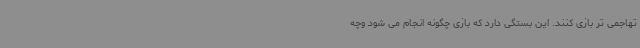
تهاجمی تر بازی کنند. این بستگی دارد که بازی چگونه انجام می شود وچه